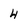
Character: 4